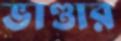
ভাণ্ডার